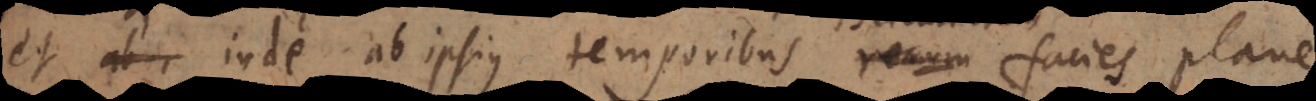
et inde ab ipsius temporibus rerum facies plane